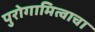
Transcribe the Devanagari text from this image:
पुरोगामित्वाचा